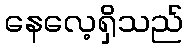
နေလေ့ရှိသည်